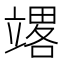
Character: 𰩪